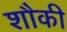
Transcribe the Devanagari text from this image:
शौकी